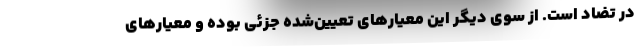
در تضاد است. از سوی دیگر این معیار‌های تعیین‌شده جزئی بوده و معیار‌های